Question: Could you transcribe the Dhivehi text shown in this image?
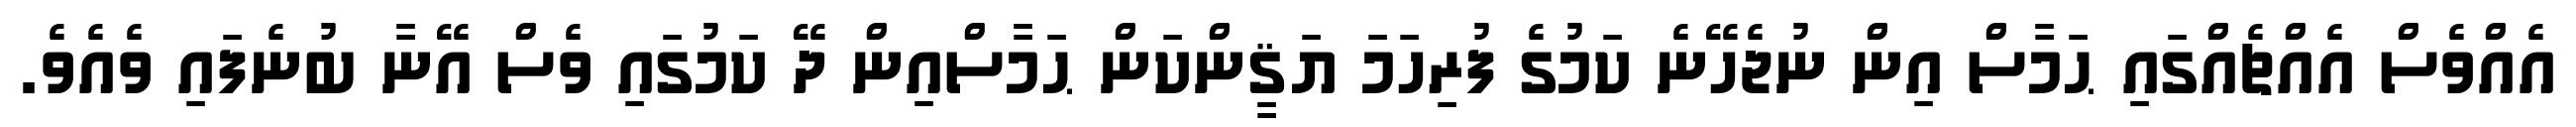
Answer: އެއްވެސް އެއްޗެއްގައި ޙަމާސް އިން ނުޖެހޭނެ ކަމުގެ ފުރިހަމަ ޔަޤީންކަން ޙަމާސްއިން ދޭ ކަމުގައި ވެސް އޭނާ ބުނެފައި ވެއެވެ.